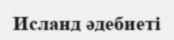
Исланд әдебиеті